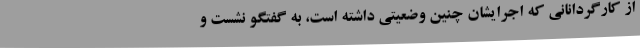
از کارگردانانی که اجرایشان چنین وضعیتی داشته است، به گفتگو نشست و